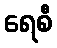
ရေစီ